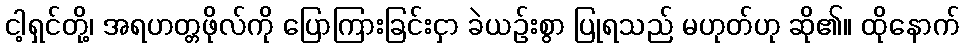
ငါ့ရှင်တို့၊ အရဟတ္တဖိုလ်ကို ပြောကြားခြင်းငှာ ခဲယဉ်းစွာ ပြုရသည် မဟုတ်ဟု ဆို၏။ ထိုနောက်